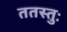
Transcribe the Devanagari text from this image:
ततस्तुः